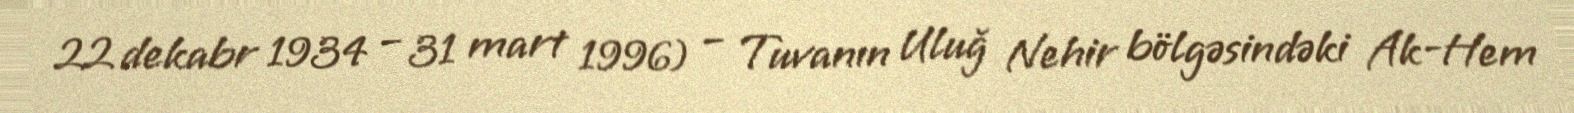
22 dekabr 1934 – 31 mart 1996) – Tuvanın Uluğ Nehir bölgəsindəki Ak-Hem